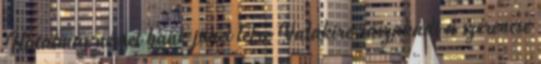
Hatalmas német bank jöhet létre Valakire rászakadt a szerencse